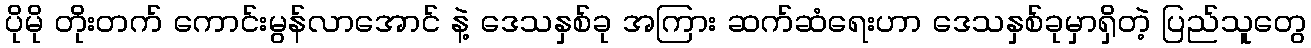
ပိုမို တိုးတက် ကောင်းမွန်လာအောင် နဲ့ ဒေသနှစ်ခု အကြား ဆက်ဆံရေးဟာ ဒေသနှစ်ခုမှာရှိတဲ့ ပြည်သူတွေ